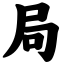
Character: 局